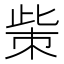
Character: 㭰